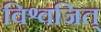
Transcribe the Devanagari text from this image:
विश्वजित्‌